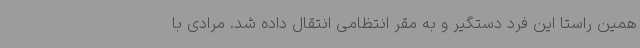
همین راستا این فرد دستگیر و به مقر انتظامی انتقال داده شد. مرادی با